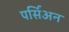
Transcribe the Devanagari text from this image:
पर्सिअन